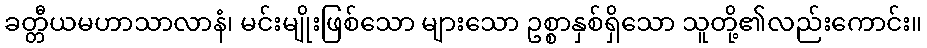
ခတ္တီယမဟာသာလာနံ၊ မင်းမျိုးဖြစ်သော များသော ဥစ္စာနှစ်ရှိသော သူတို့၏လည်းကောင်း။